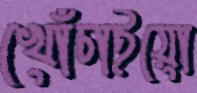
খোঁচাইয়ো